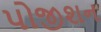
પોજીશન